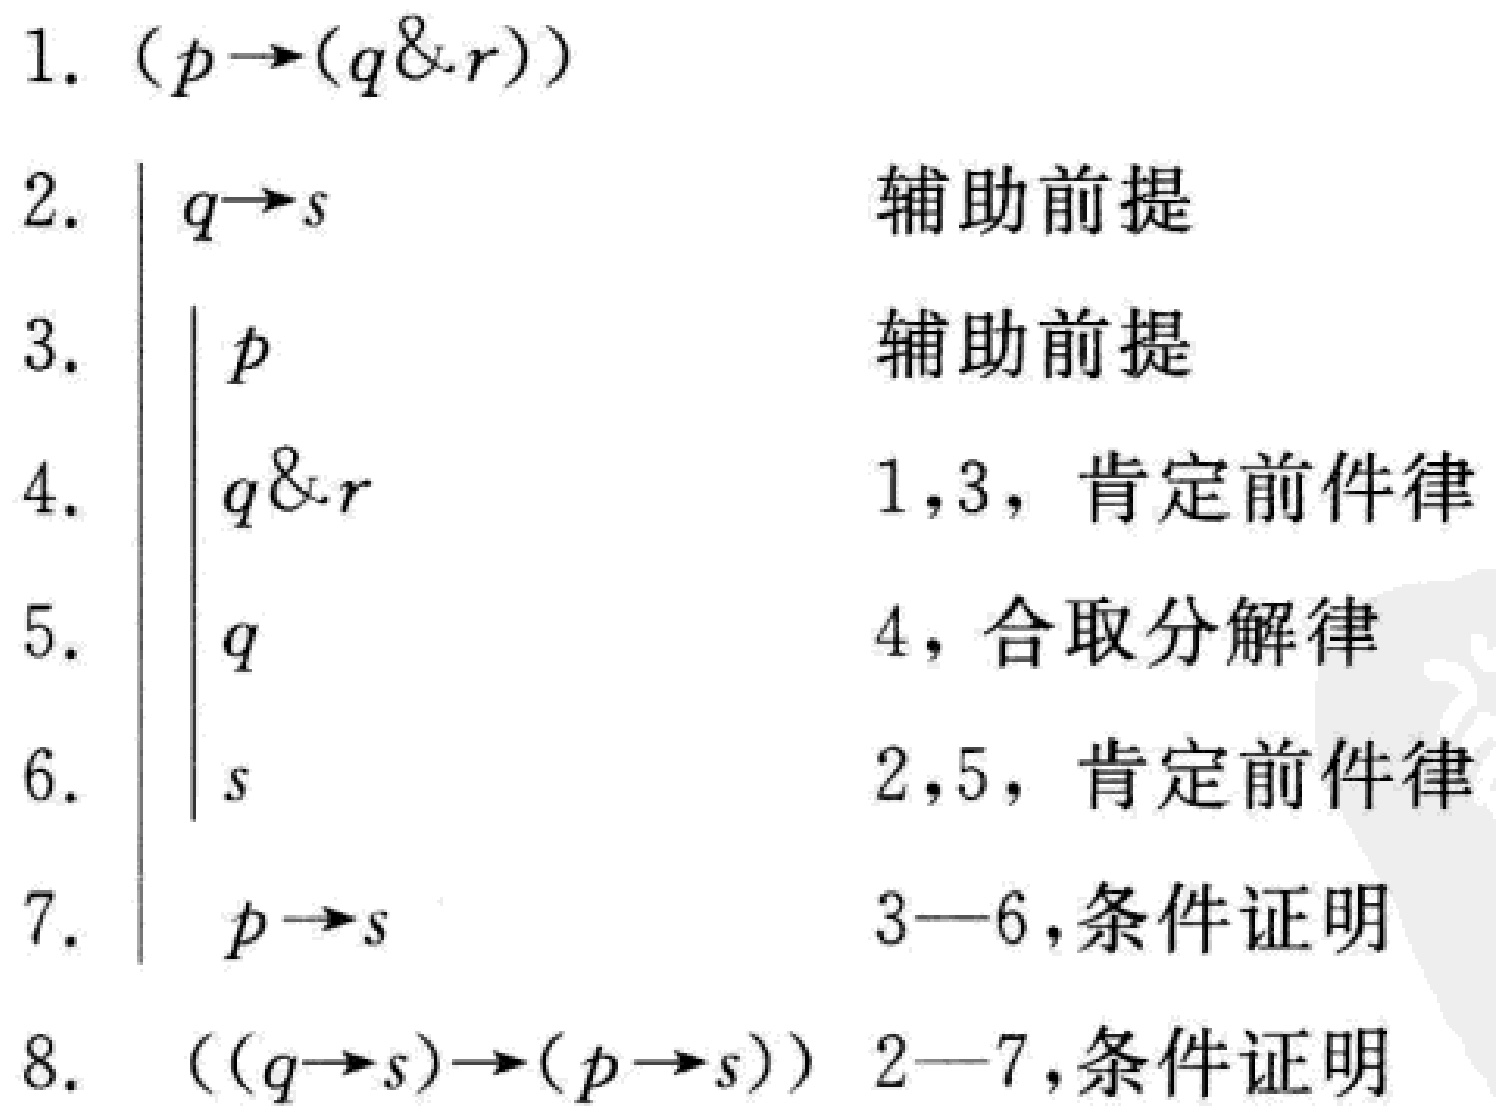
\begin{enumerate}
\item $(p\rightarrow(q\& r))$
\item $\begin{vmatrix}q\rightarrow s&\text{辅助前提}\end{vmatrix}$
\item $\begin{vmatrix}p&\text{辅助前提}\end{vmatrix}$
\item $\begin{vmatrix}q\& r&1,3，肯定前件律\end{vmatrix}$
\item $\begin{vmatrix}q&4，合取分解律\end{vmatrix}$
\item $\begin{vmatrix}s&2,5，肯定前件律\end{vmatrix}$
\item $\begin{vmatrix}p\rightarrow s&3—6,条件证明\end{vmatrix}$
\item $((q\rightarrow s)\rightarrow(p\rightarrow s))\ 2—7,条件证明$
\end{enumerate}